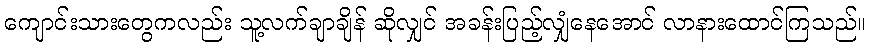
ကျောင်းသားတွေကလည်း သူ့လက်ချာချိန် ဆိုလျှင် အခန်းပြည့်လျှံနေအောင် လာနားထောင်ကြသည်။